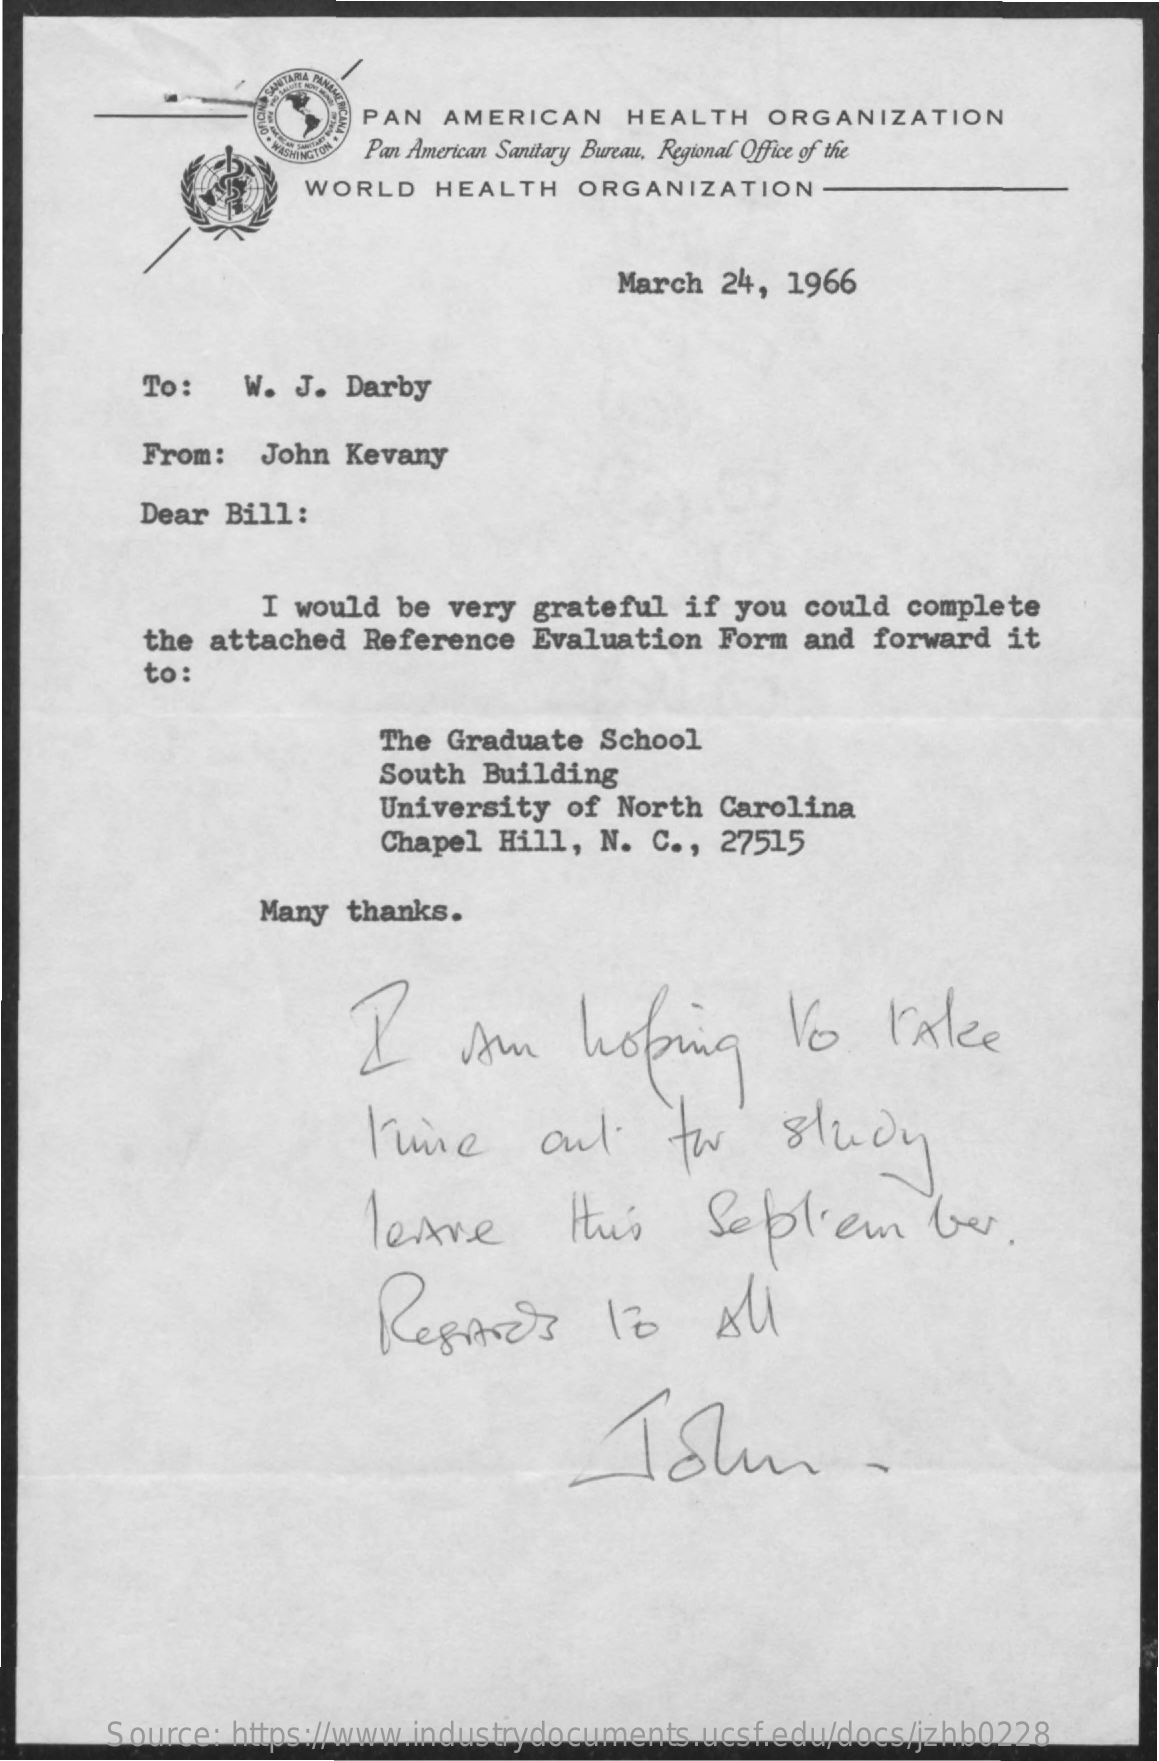
CALME
     RICANA
     .
     PAN  AMERICAN   HEALTH   ORGANIZATION
     Pan American Sanitary Bureau, Regional Office of the
     WORLD   HEALTH   ORGANIZATION-
     March 24, 1966
     To:   W.  J. Darby
     From:  John  Kevany
     Dear Bill:
     I would be very grateful  if you could  complete
     the attached  Reference Evaluation  Form and  forward it
     to :
     The Graduate  School
     South Building
     University  of North Carolina
     Chapel Hill,  N. C ., 27515
     Many  thanks.
     I    Am    hoping    to    lake
     Time    out    for    study
     leave    this    September.
     Regards    10    All
     Source: https://www.industrydocuments.ucsf.edu/docs/jzhb0228